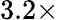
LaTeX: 3.2\times